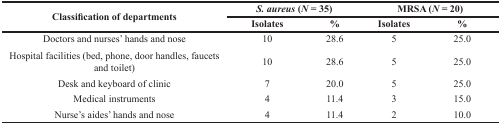
<table><thead><tr><td rowspan="2"><b>Classification of departments</b></td><td colspan="2"><b><i>S. aureus</i> (<i>N</i> = 35)</b></td><td colspan="2"><b>MRSA (<i>N</i> = 20)</b></td></tr><tr><td><b>Isolates</b></td><td><b>%</b></td><td><b>Isolates</b></td><td><b>%</b></td></tr></thead><tbody><tr><td>Doctors and nurses’ hands and nose</td><td>10</td><td>28.6</td><td>5</td><td>25.0</td></tr><tr><td>Hospital facilities (bed, phone, door handles, faucets and toilet)</td><td>10</td><td>28.6</td><td>5</td><td>25.0</td></tr><tr><td>Desk and keyboard of clinic</td><td>7</td><td>20.0</td><td>5</td><td>25.0</td></tr><tr><td>Medical instruments</td><td>4</td><td>11.4</td><td>3</td><td>15.0</td></tr><tr><td>Nurse&#x27;s aides’ hands and nose</td><td>4</td><td>11.4</td><td>2</td><td>10.0</td></tr></tbody></table>